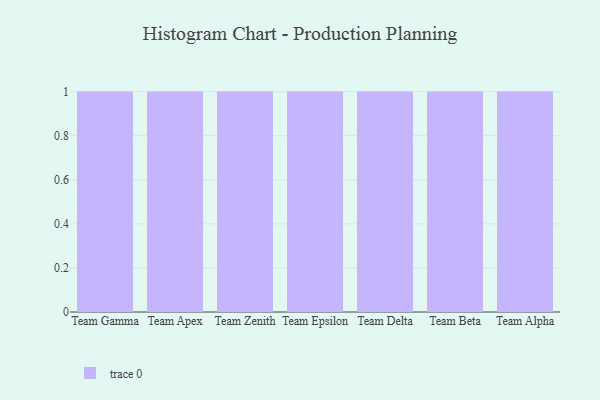
{"axis": {"x": "Team", "y": "Page Views"}, "legend": [""], "data": [{"x": "Team Gamma", "y": 37, "type": ""}, {"x": "Team Apex", "y": 1, "type": ""}, {"x": "Team Zenith", "y": 90, "type": ""}, {"x": "Team Epsilon", "y": 97, "type": ""}, {"x": "Team Delta", "y": 82, "type": ""}, {"x": "Team Beta", "y": 7, "type": ""}, {"x": "Team Alpha", "y": 74, "type": ""}]}